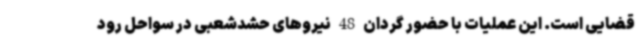
قضایی است. این عملیات با حضور گردان 48 نیروهای حشدشعبی در سواحل رود